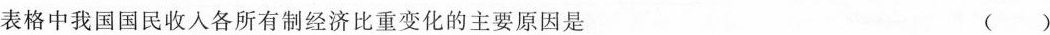
表格中我国国民收入各所有制经济比重变化的主要原因是 ( )